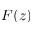
F ( z )